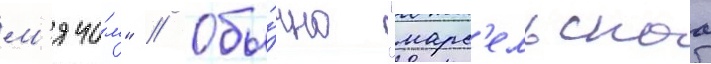
м'ячо́м" // Обы́чно "марс'ельскаа